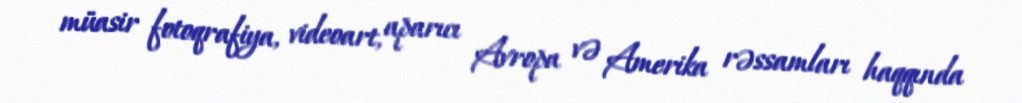
müasir fotoqrafiya, videoart, aparıcı Avropa və Amerika rəssamları haqqında